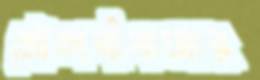
মৌলবীবাজার